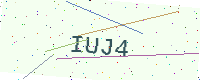
Text: IUJ4